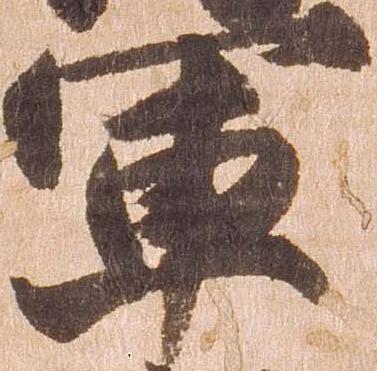
軍